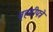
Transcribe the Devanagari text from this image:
बृहतीपत्रे